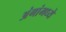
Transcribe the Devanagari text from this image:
अंगांमध्ये